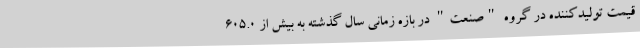
قیمت تولیدکننده در گروه "صنعت" در بازه زمانی سال گذشته به بیش از 605.0